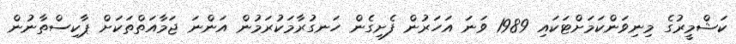
ކަޝްމީރުގެ މިނިވަންކަމަށްޓަކައި 1989 ވަނަ އަހަރުން ފެށިގެން ހަނގުރާމަކުރަމުން އަންނަ ޖަމާއަތްތަކަށް ޕާކިސްތާނުން